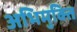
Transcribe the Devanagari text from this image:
अभिमुक्ति